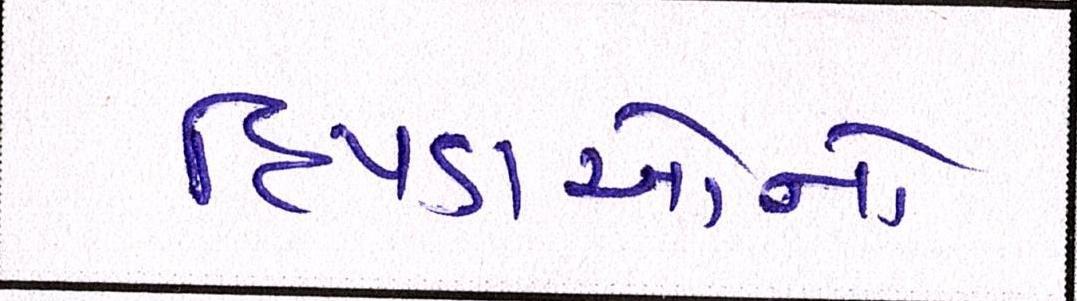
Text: દિપડાઓનો